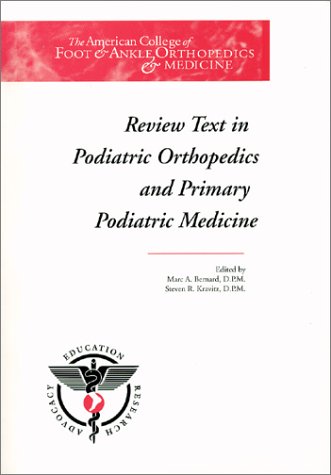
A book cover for Review Text in Podiatric Orthopedics and Primary Podiatric Medicine; Medical Books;